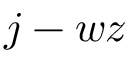
j - w z